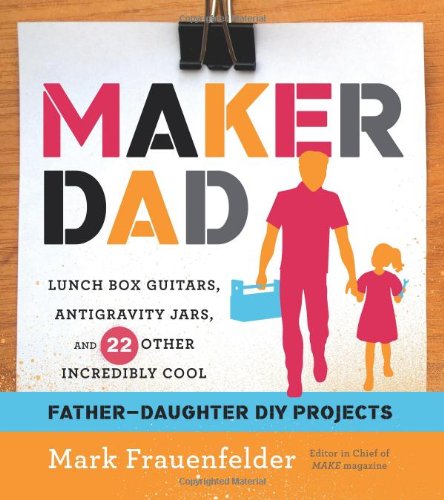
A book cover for Maker Dad: Lunch Box Guitars, Antigravity Jars, and 22 Other Incredibly Cool Father-Daughter DIY Projects; Mark Frauenfelder; Crafts, Hobbies & Home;